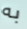
به